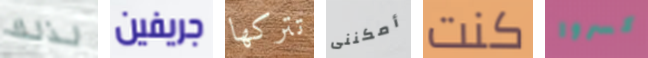
لذلك جريفين تتركها أمكننى كنت كسروا